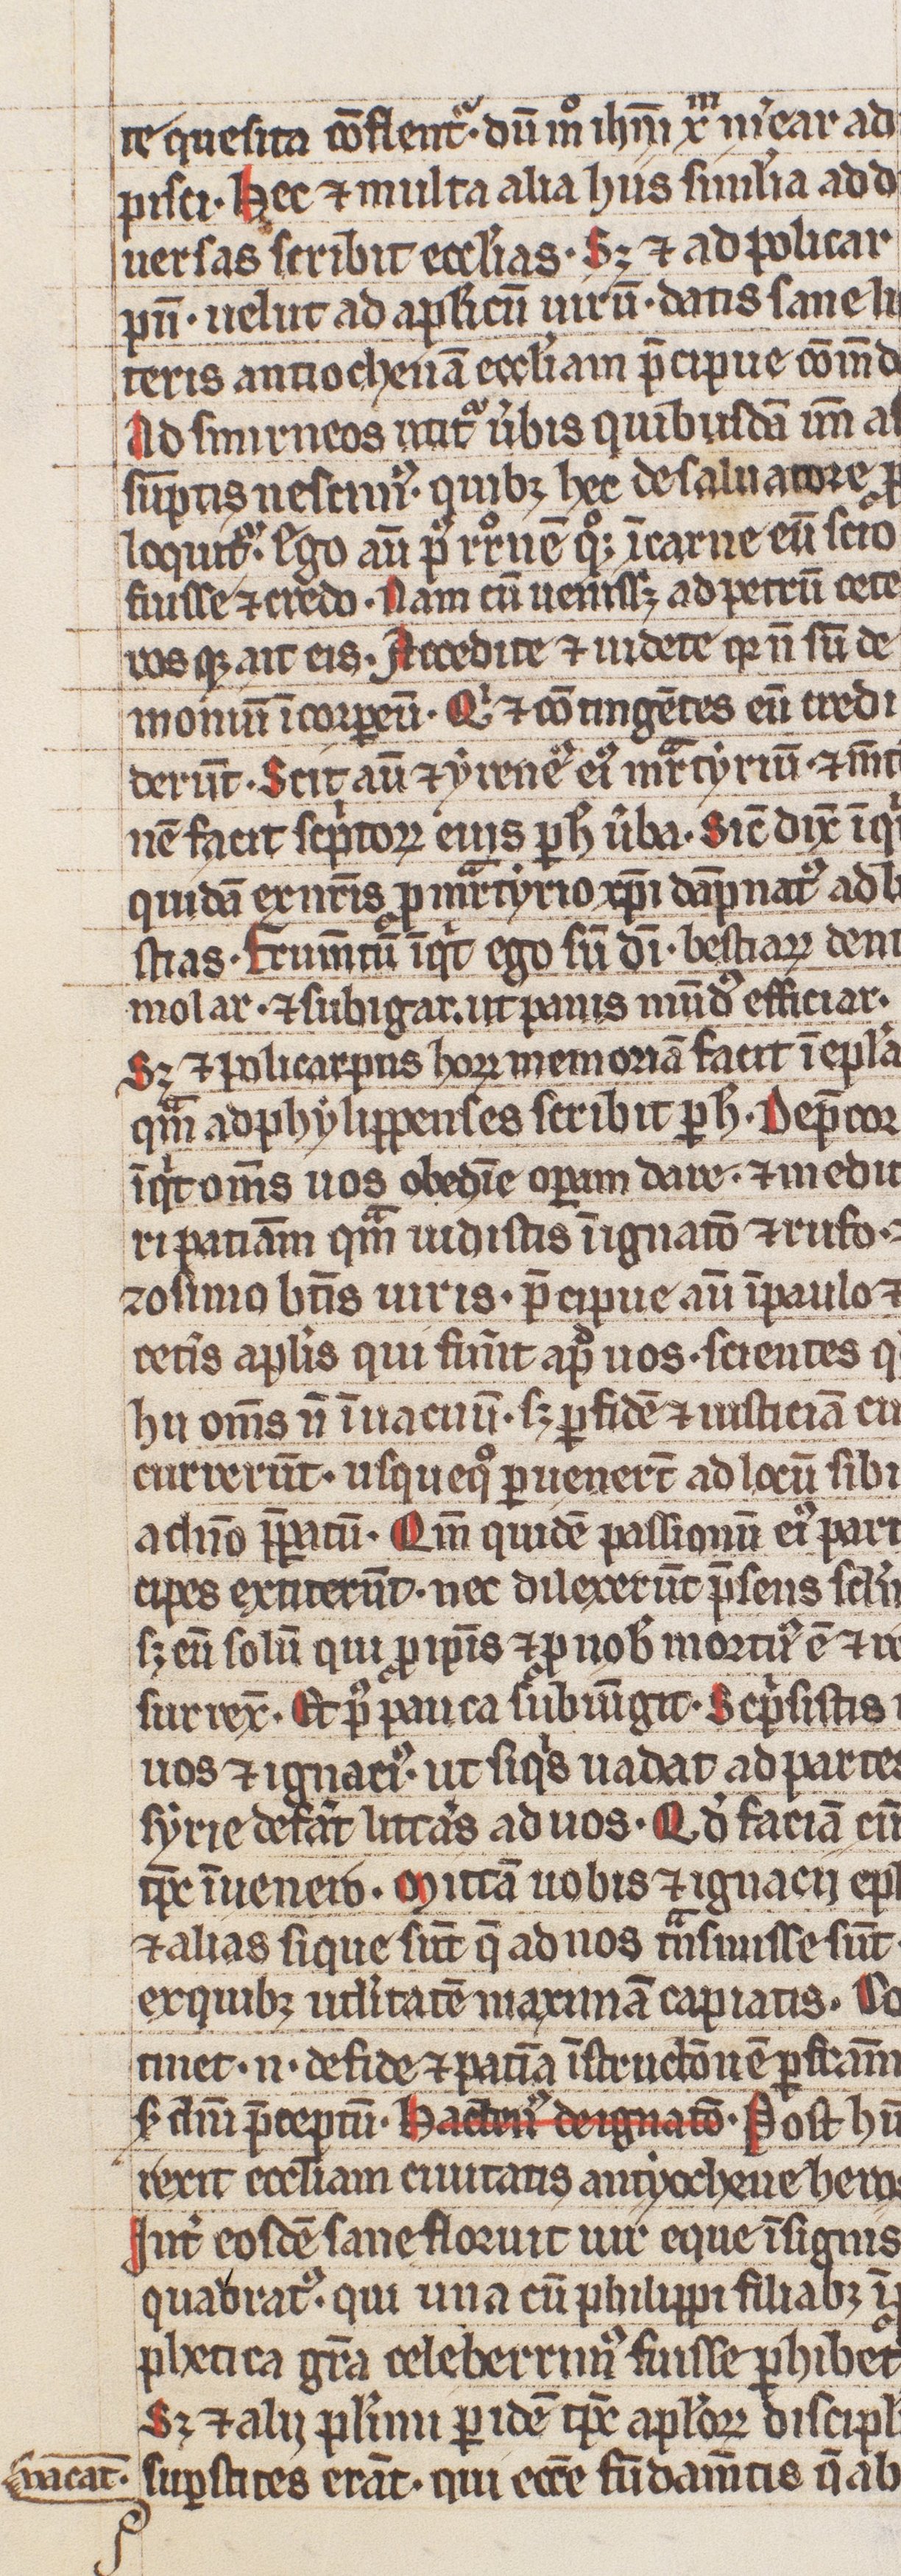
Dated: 1300–1399